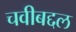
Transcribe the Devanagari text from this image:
चवीबद्दल